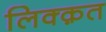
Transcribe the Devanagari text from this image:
लिक्क़त